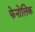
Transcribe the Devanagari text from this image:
फेनोलिक